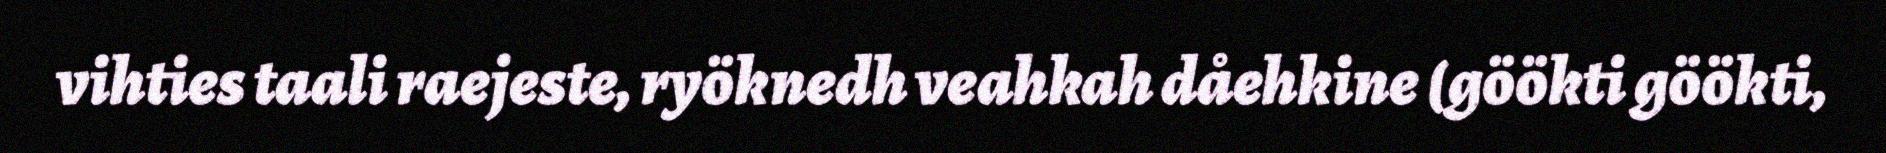
vihties taali raejeste, ryöknedh veahkah dåehkine (göökti göökti,